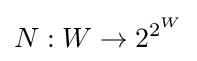
N:W\to 2^{2^{W}}